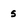
Character: 5